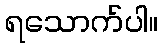
ရသောက်ပါ။